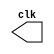
`timescale 1ns/1ns
module clock(clk);
output reg clk;
initial
clk=1;
always
begin
#31.25
clk=~clk;
end
endmodule